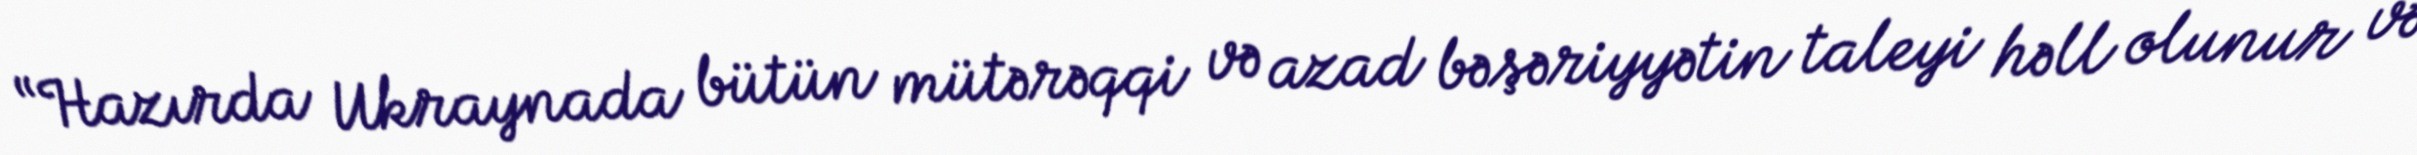
“Hazırda Ukraynada bütün mütərəqqi və azad bəşəriyyətin taleyi həll olunur və